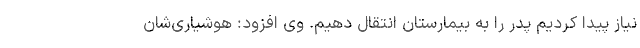
نیاز پیدا کردیم پدر را به بیمارستان انتقال دهیم. وی افزود: هوشیاری‌شان